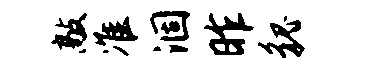
敲准涸昨貌